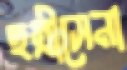
ছত্রীসেনা